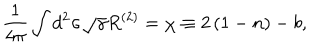
\frac { 1 } { 4 \pi } \int d ^ { 2 } \sigma \sqrt { \gamma } R ^ { ( 2 ) } = \chi \equiv 2 \left( 1 - n \right) - b ,